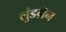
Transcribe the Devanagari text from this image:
लुंडग्रेन